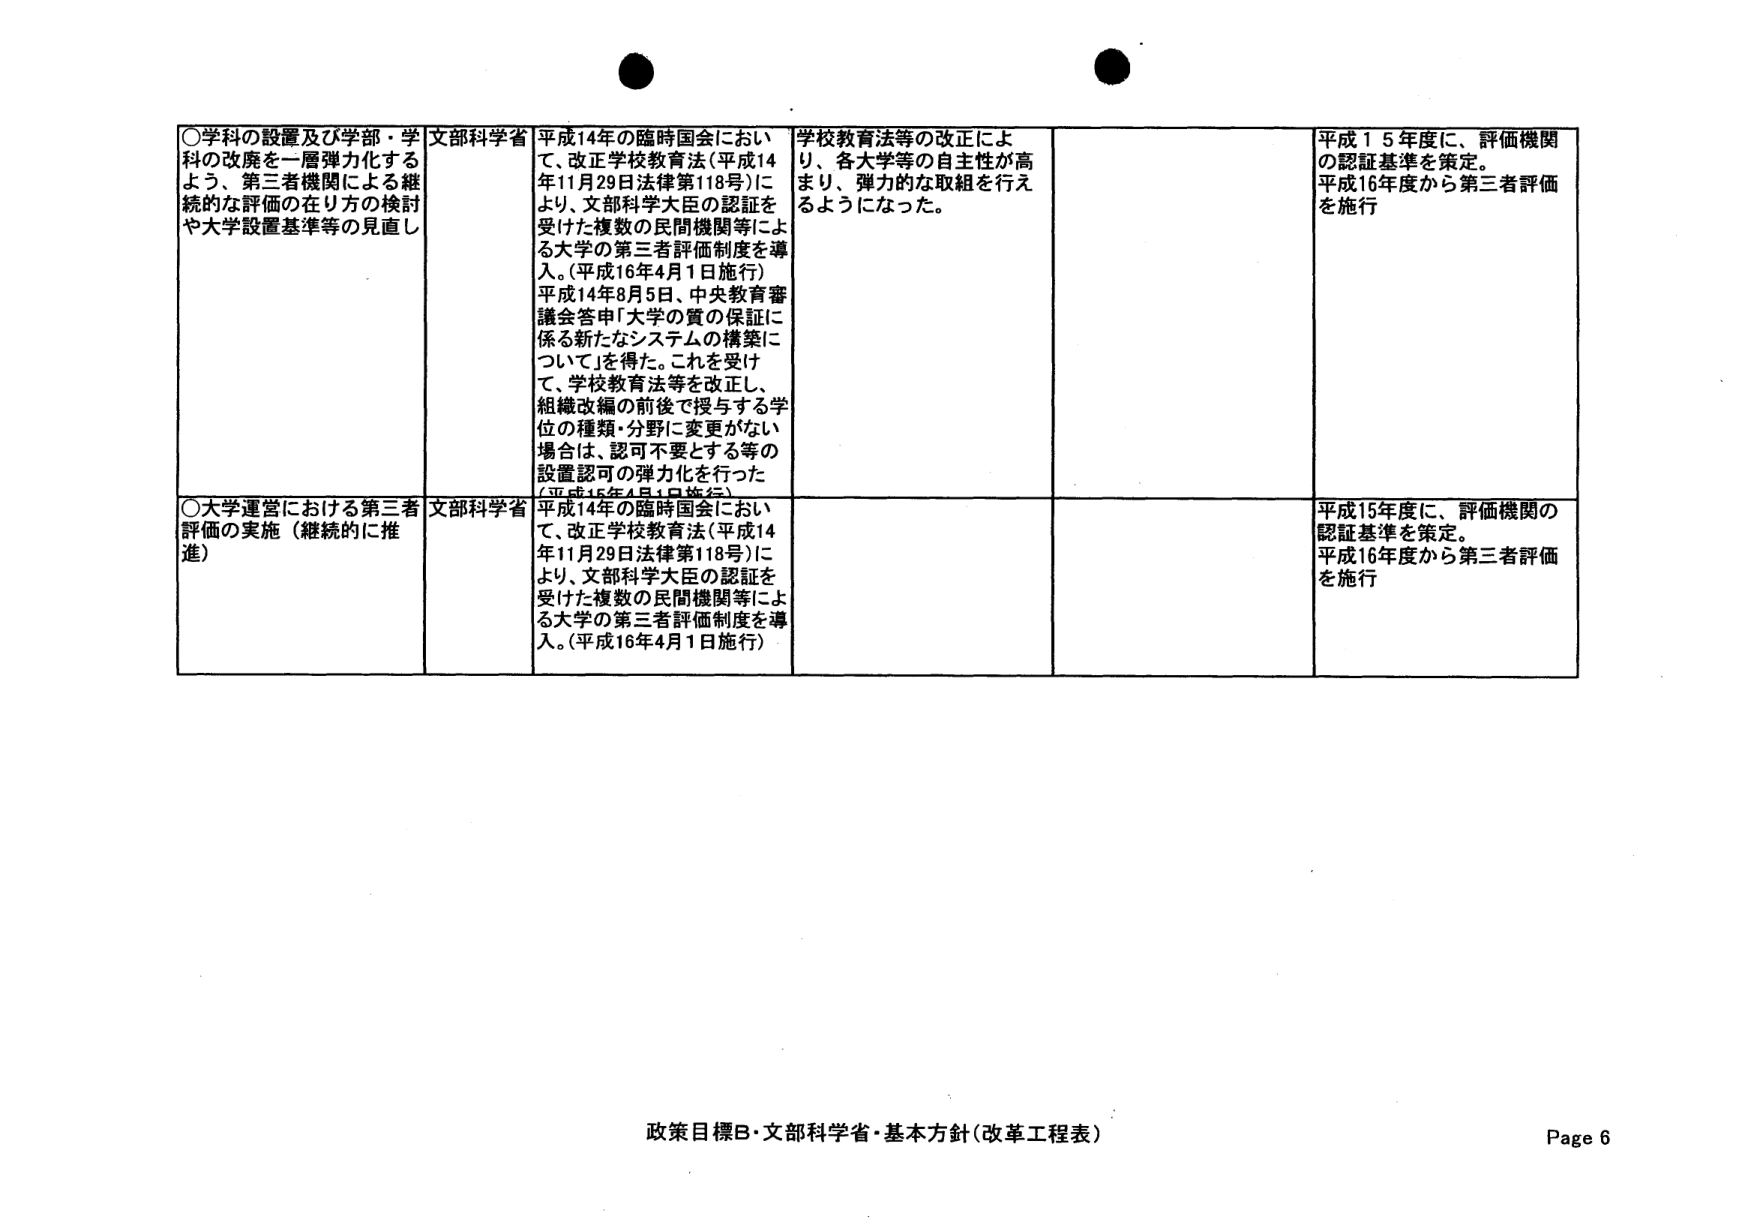
○学科の設置及び学部・学科の改廃を一層弾力化するよう、第三者機関による継続的な評価の在り方の検討や大学設置基準等の見直し
文部科学省
平成14年の臨時国会において、改正学校教育法（平成14年11月29日法律第118号）により、文部科学大臣の認証を受けた複数の民間機関等による大学の第三者評価制度を導入。（平成16年4月1日施行）
平成14年8月5日、中央教育審議会答申「大学の質の保証に係る新たなシステムの構築について」を得た。これを受け、学校教育法等を改正し、組織改編の前後で授与する学位の種類・分野に変更がない場合は、認可不要とする等の設置認可の弾力化を行った（平成15年4月1日施行）
学校教育法等の改正により、各大学等の自主性が高まり、弾力的な取組を行えるようになった。
平成15年度に、評価機関の認証基準を策定。
平成16年度から第三者評価を施行

○大学運営における第三者評価の実施（継続的に推進）
文部科学省
平成14年の臨時国会において、改正学校教育法（平成14年11月29日法律第118号）により、文部科学大臣の認証を受けた複数の民間機関等による大学の第三者評価制度を導入。（平成16年4月1日施行）
平成15年度に、評価機関の認証基準を策定。
平成16年度から第三者評価を施行

政策目標B・文部科学省・基本方針（改革工程表）
Page 6